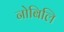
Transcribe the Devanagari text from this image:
नोबिलि